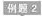
例题2